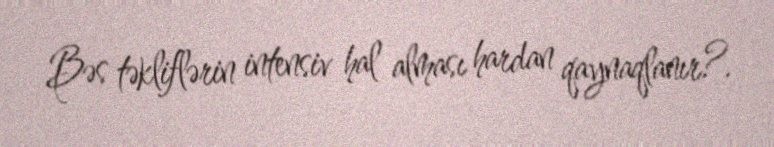
Bəs təkliflərin intensiv hal alması hardan qaynaqlanır?.